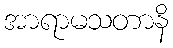
အာရာမသတာနိ